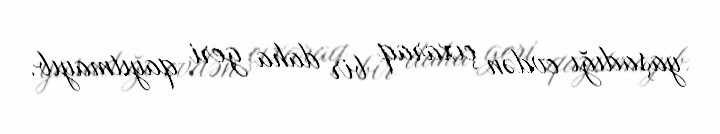
yaşadığı evdən çıxaraq bir daha geri qayıtmayıb.